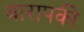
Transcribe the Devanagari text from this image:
बारापकी